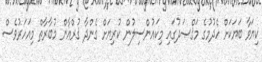
ކިޔަވާ ބަޔަކަށް ހެދުމުގެ މަޤްޞަދުގައި މިކައުންސިލުން ކުރިޔަށް ގެންދާ ޤުރްއާން މުބާރާތް މިއަހަރުވެސް